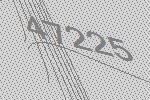
47225